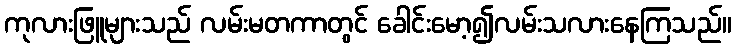
ကုလားဖြူများသည် လမ်းမတကာတွင် ခေါင်းမော့၍လမ်းသလားနေကြသည်။